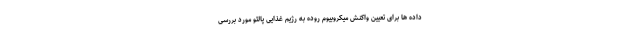
داده ها برای تعیین واکنش میکروبیوم روده به رژیم غذایی پالئو مورد بررسی